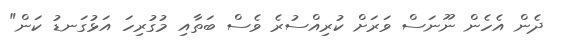
ދެން އެހެން ނޫނަސް ވަރަށް ކުރިއްސުރެ ވެސް ބަތާއި މުގުރިހަ އަޅުގަނޑު ކަން"